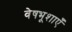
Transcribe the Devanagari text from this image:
वेषभूशाएँ